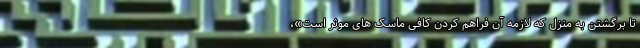
تا برگشتن به منزل که لازمه آن فراهم کردن کافی ماسک های موثر است»،